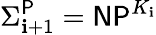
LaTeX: \Sigma_{\mathbf{i}+1}^{\mathsf{{P}}}={\mathsf{{NP}}}^{K_{\mathbf{i}}}